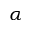
\alpha